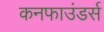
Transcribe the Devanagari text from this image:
कनफाउंडर्स